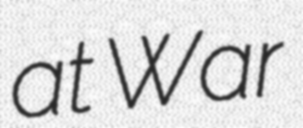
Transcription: at War